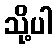
သို့ပါ